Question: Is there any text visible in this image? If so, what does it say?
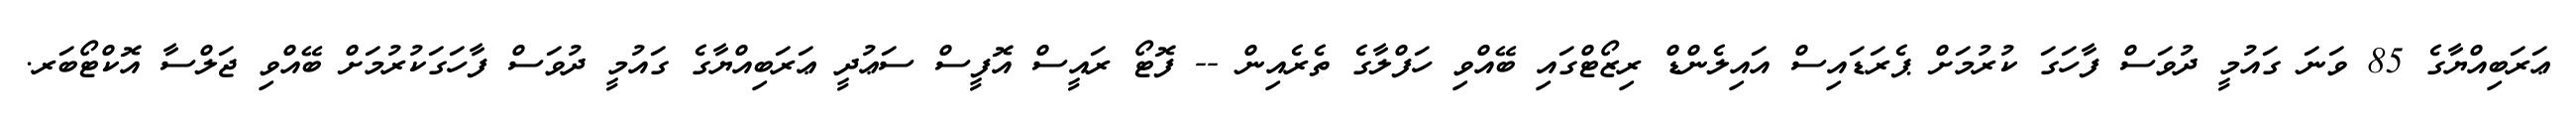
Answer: ޢަރަބިއްޔާގެ 85 ވަނަ ގައުމީ ދުވަސް ފާހަގަ ކުރުމަށް ޕެރަޑައިސް އައިލެންޑް ރިޒޯޓްގައި ބޭއްވި ހަފްލާގެ ތެރެއިން -- ފޮޓޯ ރައީސް އޮފީސް ސަޢުދީ ޢަރަބިއްޔާގެ ގައުމީ ދުވަސް ފާހަގަކުރުމަށް ބޭއްވި ޖަލްސާ އޮކްޓޯބަރ.